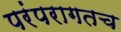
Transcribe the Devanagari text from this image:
परंपरागतच